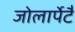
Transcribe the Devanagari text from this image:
जोलार्पेटै